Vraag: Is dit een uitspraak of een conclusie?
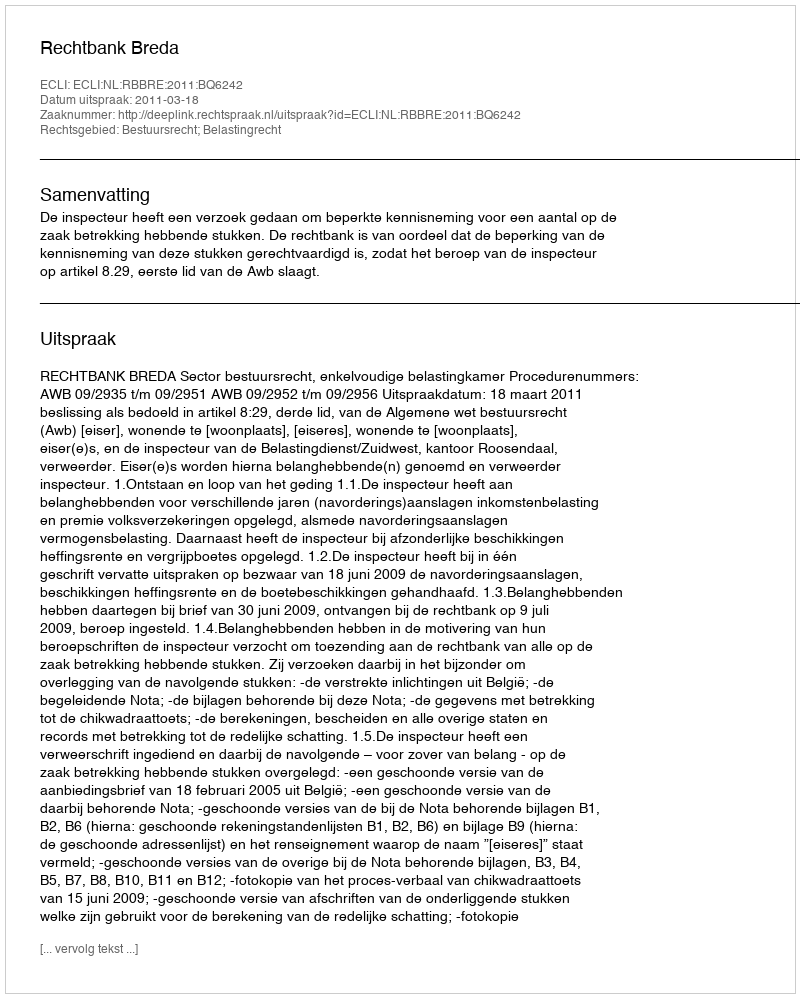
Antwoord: Uitspraak